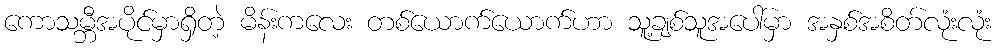
ကောသမ္ဘီအပိုင်မှာရှိတဲ့ မိန်းကလေး တစ်ယောက်ယောက်ဟာ သူ့ချစ်သူအပေါ်မှာ အနှစ်အစိတ်လုံးလုံး